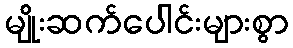
မျိုးဆက်ပေါင်းများစွာ